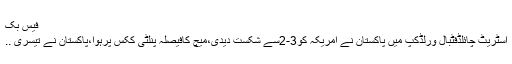
فیس بک
اسٹریٹ چائلڈفٹبال ورلڈکپ میں پاکستان نے امریکہ کو3-2سے شکست دیدی،میچ کافیصلہ پنلٹی ککس پرہوا،پاکستان نے تیسری ..